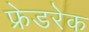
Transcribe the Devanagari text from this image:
फ्रेडरेक